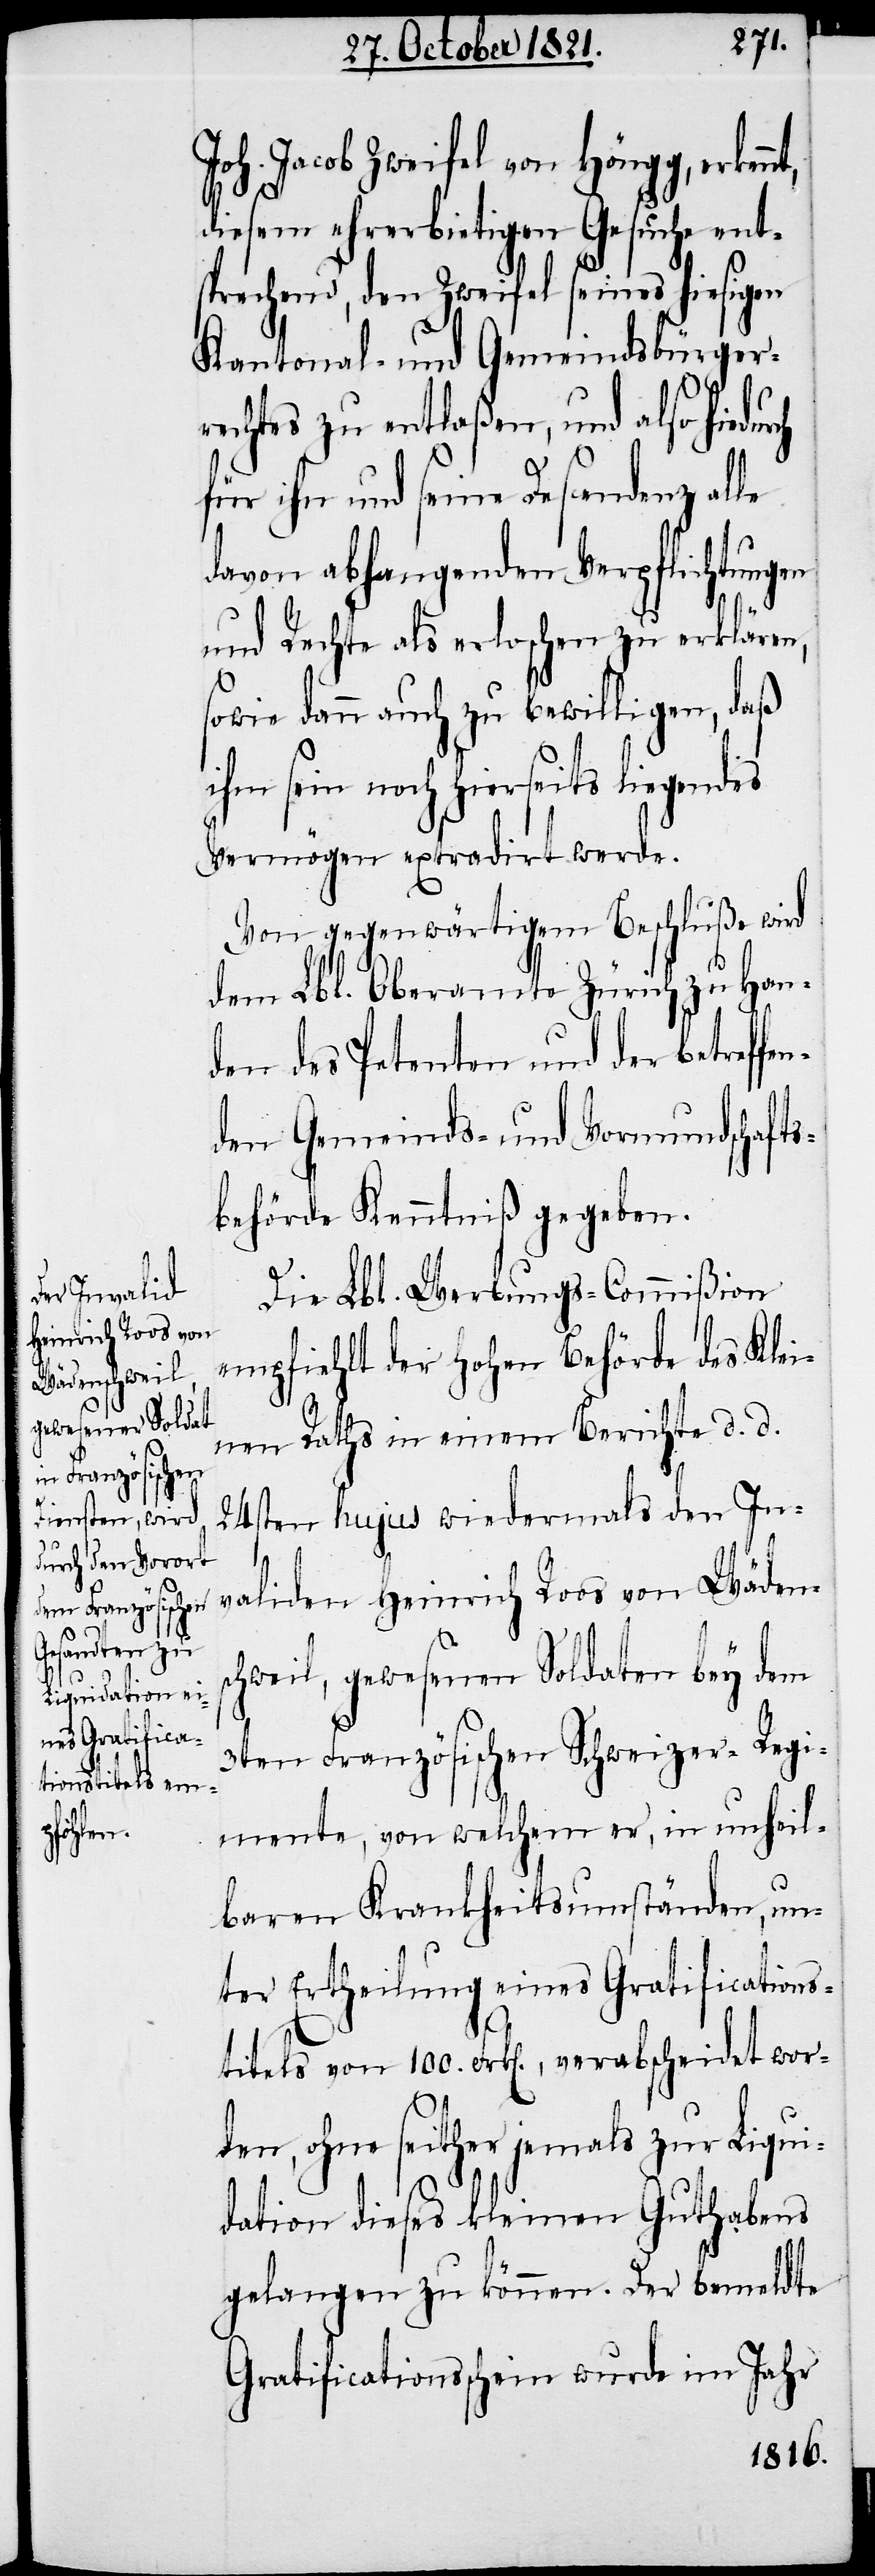
n¬

Joh. Jacob Zweifel von Höngg,
diesem ehrerbietigen Gesuche ent¬
sprechend, den Zweifel seines hiesigen
Kantonal- und Gemeindbürger¬
rechtes zu entlaßen, und also hiedu¬
für ihn und seine Descendenz al¬
davon abhangenden Verpflichtungen
und Rechte als erloschen zu erklären,
sowie dann auch zu bewilligen, daß
ihm sein noch hierseits liegendes
Vermögen extradirt werde.
Von gegenwärtigem Beschluß wird
dem Lbl. Oberamte Zürich zu Han¬
den des Petenten und der betreffe¬
den Gemeinds- und Vormundschafts¬
behörde Kenntniß gegeben.
Die Lbl. Werbungs-Commißion
empfiehlt der hohen Behörde des Klei¬
nen Raths in einem Bericht d. d.
24sten hujus wiedermals den In¬
validen Heinrich Roos von Wädens¬
chweil, gewesenen Soldaten bey dem
3ten Französischen Schweizer-Regi¬
mente, von welchem er, in unheil¬
baren Krankheitsumständen, un¬
ter Ertheilung eines Gratifications¬
titels von 100. Frk[en]., verabschiedet wor¬
den, ohne seither jemals zur Liqui¬
dation dieses kleinen Guthabens
gelangen zu können. Der bemeldte
Gratificationsschein wurde im Jahr